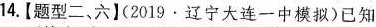
14.【题型二、六】(2019·辽宁大连一中模拟)已知